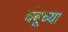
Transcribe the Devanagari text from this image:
चंबूच्या